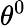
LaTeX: \theta^{0}